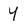
Character: Y